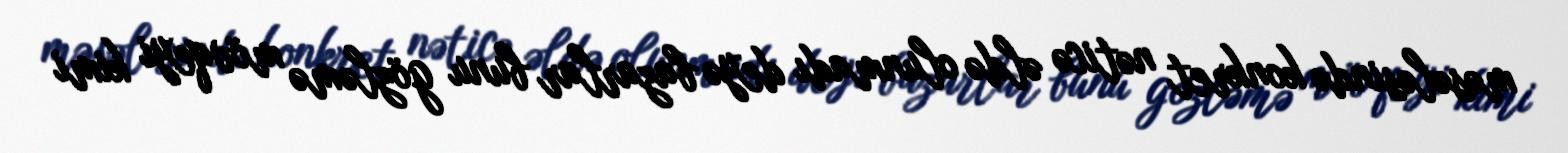
məsələsində konkret nəticə əldə olunmadı deyə bazarlar bunu gözləmə mövqeyi kimi